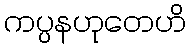
ကပ္ပနဟုတေဟိ